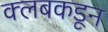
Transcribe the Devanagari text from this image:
क्‍लबकडून